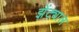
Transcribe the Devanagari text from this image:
झेंट्याल